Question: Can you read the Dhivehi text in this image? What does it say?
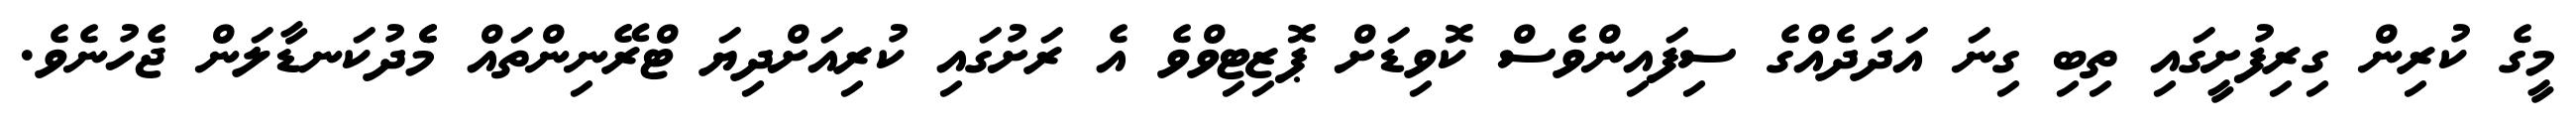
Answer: މީގެ ކުރިން ގިރިފުށީގައި ތިބި ގިނަ އަދަދެއްގެ ސިފައިންވެސް ކޮވިޑަށް ޕޮޒިޓިވްވެ އެ ރަށުގައި ކުރިއަށްދިޔަ ޓްރޭނިންތައް މެެދުކަނޑާލަން ޖެހުނެވެ.